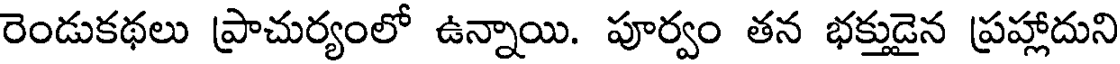
రెండుకథలు ప్రాచుర్యంలో ఉన్నాయి. పూర్వం తన భక్తుడైన ప్రహ్లాదుని